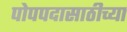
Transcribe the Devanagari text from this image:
पोपपदासाठीच्या